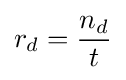
r_{d}={\frac {n_{d}}{t}}